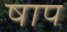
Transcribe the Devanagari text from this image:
षाप